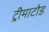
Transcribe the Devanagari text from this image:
ट्रीमाटोड